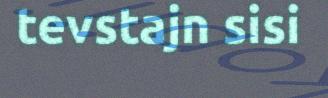
tevstajn sisi